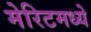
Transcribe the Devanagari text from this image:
मेरिटमध्ये